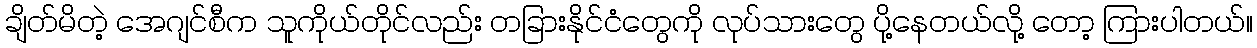
ချိတ်မိတဲ့ အေဂျင်စီက သူကိုယ်တိုင်လည်း တခြားနိုင်ငံတွေကို လုပ်သားတွေ ပို့နေတယ်လို့ တော့ ကြားပါတယ်။